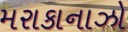
મરાકાનાઝો